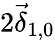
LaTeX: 2\vec{\delta}_{1,0}